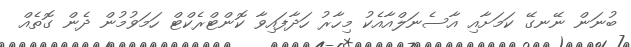
ބުނަން ނޭނގޭ ކަމަށާއި އާސެނަލްއާއެކު މިހާރު ހަދާފައިވާ ކޮންޓްރެކްޓް ހަމަވުމުން ދެން ގޮތެއް